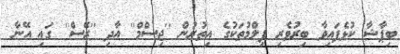
ބިޕާޝާ ކުޅެފައިވާ ބިރުވެރި ފިލްމުތަކުގެ އިތުރުން ''ޖިސްމް'' އާދި ''ރޭސް'' ގައި އޭނާ